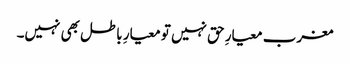
مغرب معیارِ حق نہیں تو معیارِ باطل بھی نہیں۔